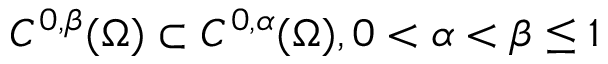
C ^ { 0 , \beta } ( \Omega ) \subset C ^ { 0 , \alpha } ( \Omega ) , 0 < \alpha < \beta \leq 1